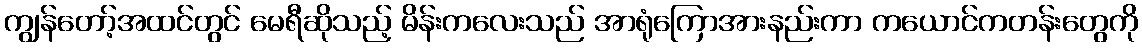
ကျွန်တော့်အထင်တွင် မေရီဆိုသည့် မိန်းကလေးသည် အာရုံကြောအားနည်းကာ ကယောင်ကတန်းတွေကို